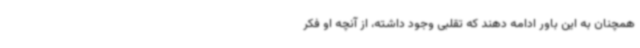
همچنان به این باور ادامه دهند که تقلبی وجود داشته، از آنچه او فکر